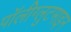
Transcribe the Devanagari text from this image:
पॉलीग्लुटमाइन